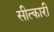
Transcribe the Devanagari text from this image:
सीत्कारी